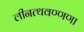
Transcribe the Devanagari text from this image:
लीनत्थवण्णणा